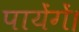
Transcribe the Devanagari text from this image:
पायेंगें।